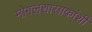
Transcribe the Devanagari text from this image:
मोगलशासाकांशी